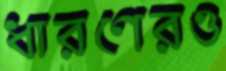
ধারণেরও